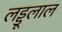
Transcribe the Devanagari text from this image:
लड्डूलाल